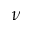
\boldsymbol { \nu }